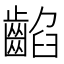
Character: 䶟